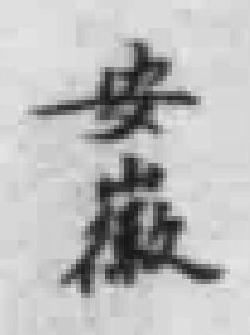
安徽